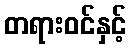
တရားဝင်နှင့်